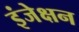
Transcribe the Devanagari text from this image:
इंजेक्षन